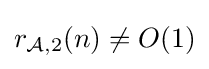
r_{{\mathcal {A}},2}(n)\neq O(1)